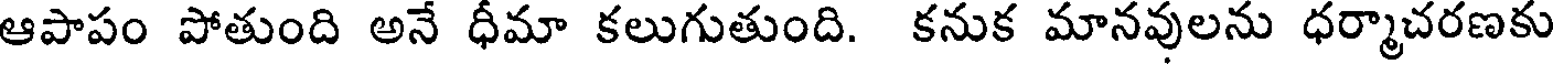
ఆపాపం పోతుంది అనే ధీమా కలుగుతుంది. కనుక మానవులను ధర్మాచరణకు